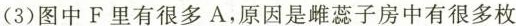
(3)图中F里有很多A，原因是雌蕊子房中有很多枚